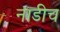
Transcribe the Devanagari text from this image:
नाडीच